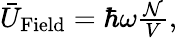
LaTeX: \begin{array}{r}{\bar{U}_{\mathrm{Field}}=\hbar\omega\frac{\mathcal N}{V},}\end{array}